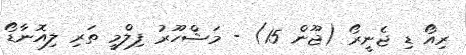
ރިއޯ ޑި ޖެނީރޯ (ޖޫން 15) - މަޝްހޫރު ފިލްމީ ތަރި ލިއޮނާޑޯ